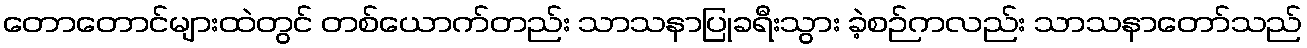
တောတောင်များထဲတွင် တစ်ယောက်တည်း သာသနာပြုခရီးသွား ခဲ့စဉ်ကလည်း သာသနာတော်သည်